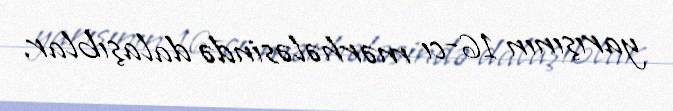
yarışının 16-cı mərhələsində dalaşıblar.